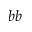
b b